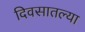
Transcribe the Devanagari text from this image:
दिवसातल्या